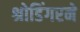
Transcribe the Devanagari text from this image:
श्रोडिंगरने